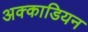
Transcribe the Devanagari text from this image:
अक्काडियन